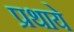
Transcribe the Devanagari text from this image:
प्रथाये